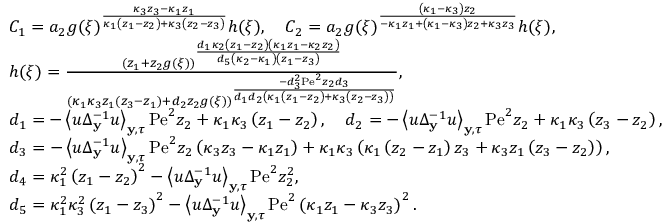
\begin{array} { r l } & { C _ { 1 } = a _ { 2 } g ( \xi ) ^ { \frac { \kappa _ { 3 } z _ { 3 } - \kappa _ { 1 } z _ { 1 } } { \kappa _ { 1 } \left( z _ { 1 } - z _ { 2 } \right) + \kappa _ { 3 } \left( z _ { 2 } - z _ { 3 } \right) } } h ( \xi ) , \quad C _ { 2 } = a _ { 2 } g ( \xi ) ^ { \frac { \left( \kappa _ { 1 } - \kappa _ { 3 } \right) z _ { 2 } } { - \kappa _ { 1 } z _ { 1 } + \left( \kappa _ { 1 } - \kappa _ { 3 } \right) z _ { 2 } + \kappa _ { 3 } z _ { 3 } } } h ( \xi ) , } \\ & { h ( \xi ) = \frac { \left( z _ { 1 } + z _ { 2 } g ( \xi ) \right) ^ { \frac { d _ { 1 } \kappa _ { 2 } \left( z _ { 1 } - z _ { 2 } \right) \left( \kappa _ { 1 } z _ { 1 } - \kappa _ { 2 } z _ { 2 } \right) } { d _ { 5 } \left( \kappa _ { 2 } - \kappa _ { 1 } \right) \left( z _ { 1 } - z _ { 3 } \right) } } } { \left( \kappa _ { 1 } \kappa _ { 3 } z _ { 1 } \left( z _ { 3 } - z _ { 1 } \right) + d _ { 2 } z _ { 2 } g ( \xi ) \right) ^ { \frac { - d _ { 3 } ^ { 2 } \mathrm { P e } ^ { 2 } z _ { 2 } d _ { 3 } } { d _ { 1 } d _ { 2 } \left( \kappa _ { 1 } \left( z _ { 1 } - z _ { 2 } \right) + \kappa _ { 3 } \left( z _ { 2 } - z _ { 3 } \right) \right) } } } , } \\ & { d _ { 1 } = - \left\langle u \Delta _ { \mathbf { y } } ^ { - 1 } u \right\rangle _ { \mathbf { y } , \tau } \mathrm { P e } ^ { 2 } z _ { 2 } + \kappa _ { 1 } \kappa _ { 3 } \left( z _ { 1 } - z _ { 2 } \right) , \quad d _ { 2 } = - \left\langle u \Delta _ { \mathbf { y } } ^ { - 1 } u \right\rangle _ { \mathbf { y } , \tau } \mathrm { P e } ^ { 2 } z _ { 2 } + \kappa _ { 1 } \kappa _ { 3 } \left( z _ { 3 } - z _ { 2 } \right) , } \\ & { d _ { 3 } = - \left\langle u \Delta _ { \mathbf { y } } ^ { - 1 } u \right\rangle _ { \mathbf { y } , \tau } \mathrm { P e } ^ { 2 } z _ { 2 } \left( \kappa _ { 3 } z _ { 3 } - \kappa _ { 1 } z _ { 1 } \right) + \kappa _ { 1 } \kappa _ { 3 } \left( \kappa _ { 1 } \left( z _ { 2 } - z _ { 1 } \right) z _ { 3 } + \kappa _ { 3 } z _ { 1 } \left( z _ { 3 } - z _ { 2 } \right) \right) , } \\ & { d _ { 4 } = \kappa _ { 1 } ^ { 2 } \left( z _ { 1 } - z _ { 2 } \right) ^ { 2 } - \left\langle u \Delta _ { \mathbf { y } } ^ { - 1 } u \right\rangle _ { \mathbf { y } , \tau } \mathrm { P e } ^ { 2 } z _ { 2 } ^ { 2 } , } \\ & { d _ { 5 } = \kappa _ { 1 } ^ { 2 } \kappa _ { 3 } ^ { 2 } \left( z _ { 1 } - z _ { 3 } \right) ^ { 2 } - \left\langle u \Delta _ { \mathbf { y } } ^ { - 1 } u \right\rangle _ { \mathbf { y } , \tau } \mathrm { P e } ^ { 2 } \left( \kappa _ { 1 } z _ { 1 } - \kappa _ { 3 } z _ { 3 } \right) ^ { 2 } . } \end{array}